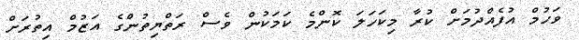
ވަހުމް އުފެއްދުމަށް ކުރާ މިކަހަލަ ކޮންމެ ކަމަކުން ވެސް ރަތްޔިތުންގެ އަޒުމް އިތުރަށް